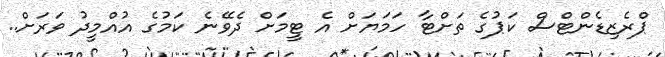
ޕްރެޒިޑެންޓްސް ކަޕުގެ ތަށްޓާ ހަމަޔަށް އެ ޓީމަށް ދެވޭނެ ކަމުގެ އުއްމީދު ވަރަށް..